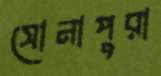
সোনাপুরা